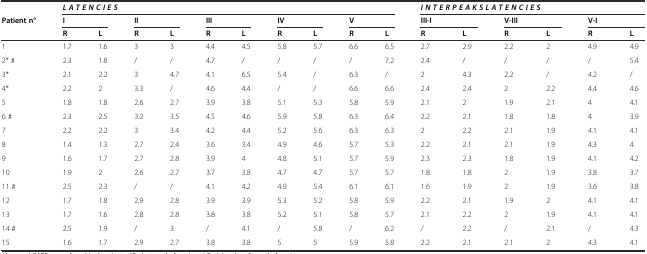
<table><thead><tr><td></td><td colspan="10"><b><i>L A T E N C I E S</i></b></td><td colspan="6"><b><i>I N T E R P E A K S L A T E N C I E S</i></b></td></tr><tr><td><b>Patient n°</b></td><td colspan="2"><b>I</b></td><td colspan="2"><b>II</b></td><td colspan="2"><b>III</b></td><td colspan="2"><b>IV</b></td><td colspan="2"><b>V</b></td><td colspan="2"><b>III-I</b></td><td colspan="2"><b>V-III</b></td><td colspan="2"><b>V-I</b></td></tr><tr><td></td><td><b>R</b></td><td><b>L</b></td><td><b>R</b></td><td><b>L</b></td><td><b>R</b></td><td><b>L</b></td><td><b>R</b></td><td><b>L</b></td><td><b>R</b></td><td><b>L</b></td><td><b>R</b></td><td><b>L</b></td><td><b>R</b></td><td><b>L</b></td><td><b>R</b></td><td><b>L</b></td></tr></thead><tbody><tr><td>1</td><td>1.7</td><td>1.6</td><td>3</td><td>3</td><td>4.4</td><td>4.5</td><td>5.8</td><td>5.7</td><td>6.6</td><td>6.5</td><td>2.7</td><td>2.9</td><td>2.2</td><td>2</td><td>4.9</td><td>4.9</td></tr><tr><td>2* #</td><td>2.3</td><td>1.8</td><td>/</td><td>/</td><td>4.7</td><td>/</td><td>/</td><td>/</td><td>/</td><td>7.2</td><td>2.4</td><td>/</td><td>/</td><td>/</td><td>/</td><td>5.4</td></tr><tr><td>3*</td><td>2.1</td><td>2.2</td><td>3</td><td>4.7</td><td>4.1</td><td>6.5</td><td>5.4</td><td>/</td><td>6.3</td><td>/</td><td>2</td><td>4.3</td><td>2.2</td><td>/</td><td>4.2</td><td>/</td></tr><tr><td>4*</td><td>2.2</td><td>2</td><td>3.3</td><td>/</td><td>4.6</td><td>4.4</td><td>/</td><td>/</td><td>6.6</td><td>6.6</td><td>2.4</td><td>2.4</td><td>2</td><td>2.2</td><td>4.4</td><td>4.6</td></tr><tr><td>5</td><td>1.8</td><td>1.8</td><td>2.6</td><td>2.7</td><td>3.9</td><td>3.8</td><td>5.1</td><td>5.3</td><td>5.8</td><td>5.9</td><td>2.1</td><td>2</td><td>1.9</td><td>2.1</td><td>4</td><td>4.1</td></tr><tr><td>6 #</td><td>2.3</td><td>2.5</td><td>3.2</td><td>3.5</td><td>4.5</td><td>4.6</td><td>5.9</td><td>5.8</td><td>6.3</td><td>6.4</td><td>2.2</td><td>2.1</td><td>1.8</td><td>1.8</td><td>4</td><td>3.9</td></tr><tr><td>7</td><td>2.2</td><td>2.2</td><td>3</td><td>3.4</td><td>4.2</td><td>4.4</td><td>5.2</td><td>5.6</td><td>6.3</td><td>6.3</td><td>2</td><td>2.2</td><td>2.1</td><td>1.9</td><td>4.1</td><td>4.1</td></tr><tr><td>8</td><td>1.4</td><td>1.3</td><td>2.7</td><td>2.4</td><td>3.6</td><td>3.4</td><td>4.9</td><td>4.6</td><td>5.7</td><td>5.3</td><td>2.2</td><td>2.1</td><td>2.1</td><td>1.9</td><td>4.3</td><td>4</td></tr><tr><td>9</td><td>1.6</td><td>1.7</td><td>2.7</td><td>2.8</td><td>3.9</td><td>4</td><td>4.8</td><td>5.1</td><td>5.7</td><td>5.9</td><td>2.3</td><td>2.3</td><td>1.8</td><td>1.9</td><td>4.1</td><td>4.2</td></tr><tr><td>10</td><td>1.9</td><td>2</td><td>2.6</td><td>2.7</td><td>3.7</td><td>3.8</td><td>4.7</td><td>4.7</td><td>5.7</td><td>5.7</td><td>1.8</td><td>1.8</td><td>2</td><td>1.9</td><td>3.8</td><td>3.7</td></tr><tr><td>11 #</td><td>2.5</td><td>2.3</td><td>/</td><td>/</td><td>4.1</td><td>4.2</td><td>4.9</td><td>5.4</td><td>6.1</td><td>6.1</td><td>1.6</td><td>1.9</td><td>2</td><td>1.9</td><td>3.6</td><td>3.8</td></tr><tr><td>12</td><td>1.7</td><td>1.8</td><td>2.9</td><td>2.8</td><td>3.9</td><td>3.9</td><td>5.3</td><td>5.2</td><td>5.8</td><td>5.9</td><td>2.2</td><td>2.1</td><td>1.9</td><td>2</td><td>4.1</td><td>4.1</td></tr><tr><td>13</td><td>1.7</td><td>1.6</td><td>2.8</td><td>2.8</td><td>3.8</td><td>3.8</td><td>5.2</td><td>5.1</td><td>5.8</td><td>5.7</td><td>2.1</td><td>2.2</td><td>2</td><td>1.9</td><td>4.1</td><td>4.1</td></tr><tr><td>14 #</td><td>2.5</td><td>1.9</td><td>/</td><td>3</td><td>/</td><td>4.1</td><td>/</td><td>5.8</td><td>/</td><td>6.2</td><td>/</td><td>2.2</td><td>/</td><td>2.1</td><td>/</td><td>4.3</td></tr><tr><td>15</td><td>1.6</td><td>1.7</td><td>2.9</td><td>2.7</td><td>3.8</td><td>3.8</td><td>5</td><td>5</td><td>5.9</td><td>5.8</td><td>2.2</td><td>2.1</td><td>2.1</td><td>2</td><td>4.3</td><td>4.1</td></tr></tbody></table>